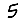
Digit: 5